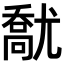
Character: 𡰘